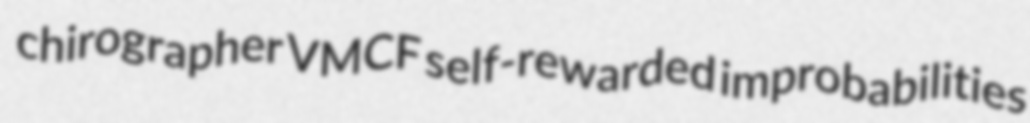
chirographer VMCF self-rewarded improbabilities